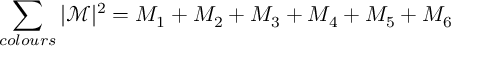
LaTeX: \sum _ { c o l o u r s } | \mathcal { M } | ^ { 2 } = M _ { 1 } + M _ { 2 } + M _ { 3 } + M _ { 4 } + M _ { 5 } + M _ { 6 }